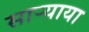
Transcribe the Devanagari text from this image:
साऱ्याया